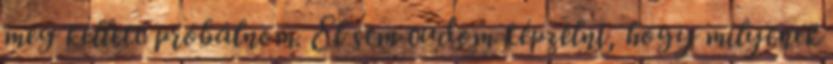
meg kellett próbálnom. El sem tudom képzelni, hogy milyenek